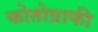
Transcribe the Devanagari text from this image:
फोतोग्राफी